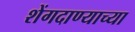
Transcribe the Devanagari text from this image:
शेंगदाण्याच्या